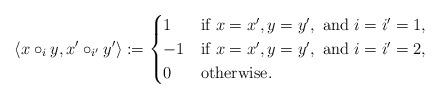
LaTeX: \begin{align*} \left\langle x \circ_i y, x' \circ_{i'} y' \right\rangle := \begin{cases} 1 & \mbox{if } x = x', y = y', \mbox{ and } i = i' = 1, \\ -1 & \mbox{if } x = x', y = y', \mbox{ and } i = i' = 2, \\ 0 & \mbox{otherwise}. \end{cases}\end{align*}